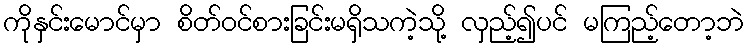
ကိုနှင်းမောင်မှာ စိတ်ဝင်စားခြင်းမရှိသကဲ့သို့ လှည့်၍ပင် မကြည့်တော့ဘဲ